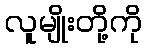
လူမျိုးတို့ကို